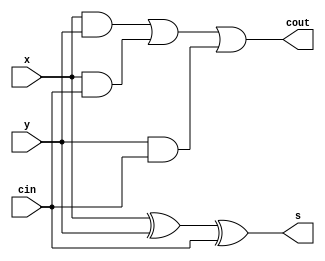
/*
   This file was generated automatically by Alchitry Labs version 1.2.1.
   Do not edit this file directly. Instead edit the original Lucid source.
   This is a temporary file and any changes made to it will be destroyed.
*/

module full_adder_12 (
    input x,
    input y,
    input cin,
    output reg s,
    output reg cout
  );
  
  
  
  reg i;
  reg j;
  reg k;
  
  always @* begin
    s = x ^ y ^ cin;
    i = x & y;
    j = x & cin;
    k = y & cin;
    cout = i | j | k;
  end
endmodule